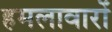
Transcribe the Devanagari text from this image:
हमलावारों